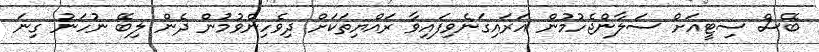
ބޭސް ސިޓީއަށް ސަލާންޖެހުމުން އަރައިގަނެވިފައިވާ ރައްޔިތަކަށް ދިވެހިންވުމުން ދެން ލިބޭ ނުހަނު ގިނަ